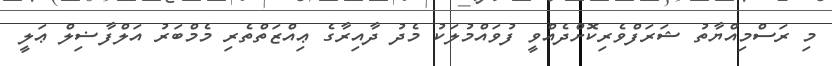
މި ރަސްމިއްޔާތު ޝަރަފްވެރިކޮށްދެއްވީ ފުވައްމުލަކު މެދު ދާއިރާގެ ޢިއްޒަތްތެރި މެމްބަރު އަލްފާޟިލް ޢަލީ